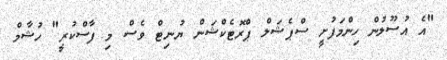
"އެ އުސޫލުން ހިންމަފުށީ ސްޕެޝަލް ޕްރޮޓެކްޝަން ޔުނިޓް ވެސް މި ފާސްކުރީ" ހުޝާމް